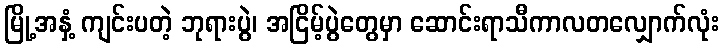
မြို့အနှံ့ ကျင်းပတဲ့ ဘုရားပွဲ၊ အငြိမ့်ပွဲတွေမှာ ဆောင်းရာသီကာလတလျှောက်လုံး